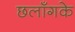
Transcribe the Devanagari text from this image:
छलाँगके